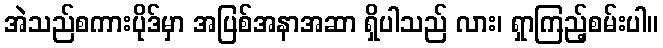
အဲသည်စကားပိုဒ်မှာ အပြစ်အနာအဆာ ရှိပါသည် လား၊ ရှာကြည့်စမ်းပါ။